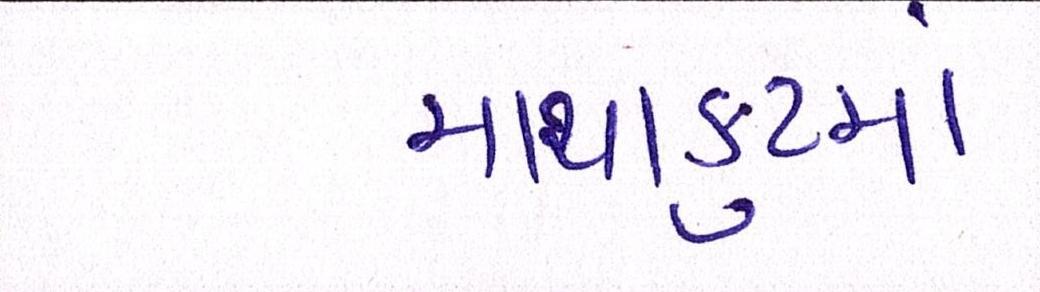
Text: માથાકુટમાં